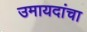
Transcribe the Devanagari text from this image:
उमायदांचा